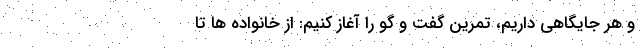
و هر جایگاهی داریم، تمرین گفت و گو را آغاز کنیم: از خانواده ها تا